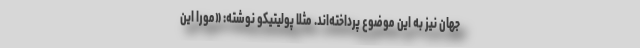
جهان نیز به این موضوع پرداخته‌اند. مثلا پولیتیکو نوشته: «مورا این